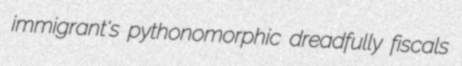
immigrant's pythonomorphic dreadfully fiscals